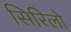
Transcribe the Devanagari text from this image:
सिरिलो